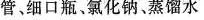
管、细口瓶、氯化钠、蒸馏水